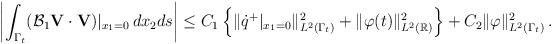
LaTeX: \begin{align*}\left\vert\int_{\Gamma_t}(\mathcal B_1{\mathbf V}\cdot{\mathbf V})\vert_{x_1=0}\,dx_2ds\right\vert\le C_1\left\{\Vert \dot q^+\vert_{x_1=0}\Vert_{L^2(\Gamma_t)}^2+\Vert\varphi(t)\Vert_{L^2(\mathbb R)}^2\right\}+C_2\Vert\varphi\Vert^2_{L^2(\Gamma_t)}\,.\end{align*}